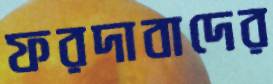
ফরদাবাদের